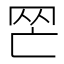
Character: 𦉺